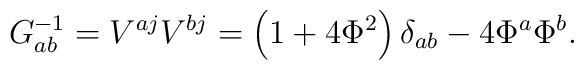
G_{ab}^{-1}=V^{aj}V^{bj}=\left( 1+4\Phi ^2\right) \delta _{ab}-4\Phi ^a\Phi^b.